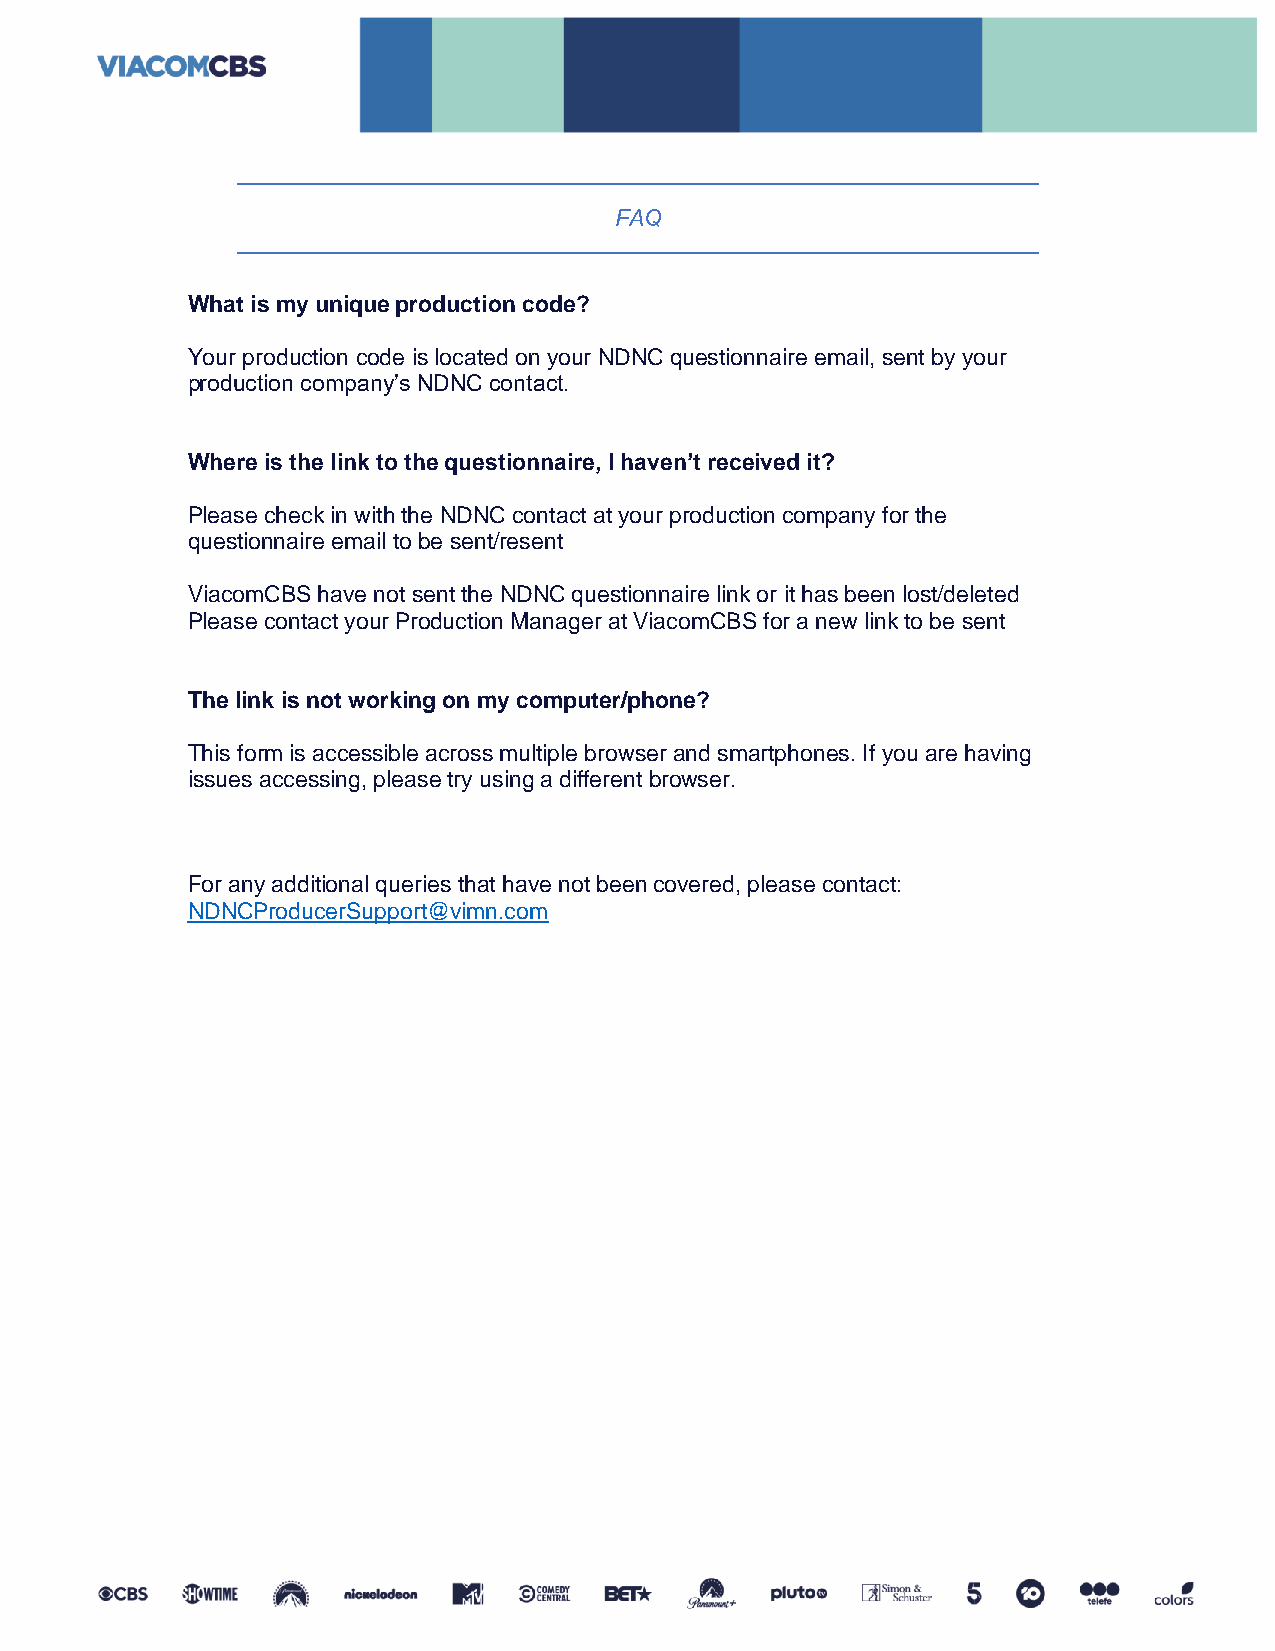
FAQ
 What is my unique production code?
 Your production code is located on your NDNC questionnaire email, sent by your
 production company’s NDNC contact.
 Where is the link to the questionnaire, I haven’t received it?
 Please check in with the NDNC contact at your production company for the
 questionnaire email to be sent/resent
 ViacomCBS have not sent the NDNC questionnaire link or it has been lost/deleted
 Please contact your Production Manager at ViacomCBS for a new link to be sent
 The link is not working on my computer/phone?
 This form is accessible across multiple browser and smartphones. If you are having
 issues accessing, please try using a different browser.
 For any additional queries that have not been covered, please contact:
 NDNCProducerSupport@vimn.com